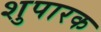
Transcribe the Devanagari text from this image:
शुपारक